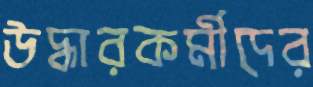
উদ্ধারকর্মীদের